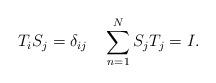
LaTeX: \begin{align*}T_iS_j=\delta_{ij}\quad\sum_{n=1}^{N} S_jT_j=I.\end{align*}